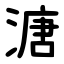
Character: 溏